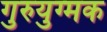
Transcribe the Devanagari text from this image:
गुरुयुग्मक